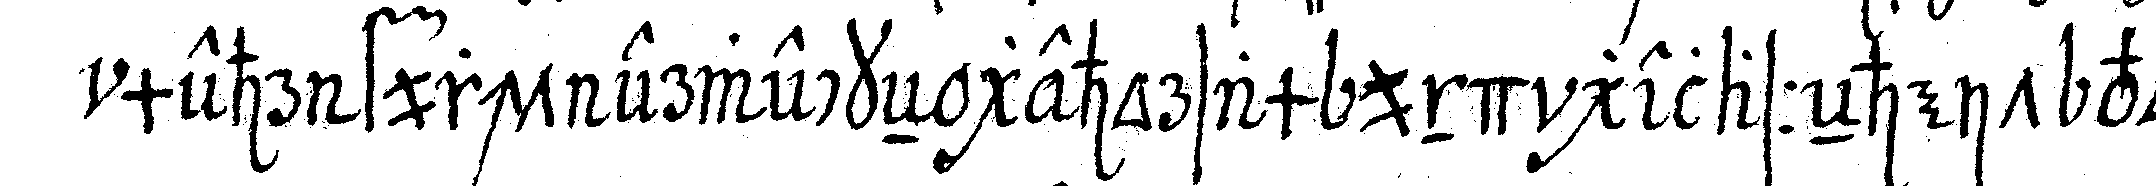
mehr furcht erweckeN gehorsam und gelasseNheit vor